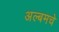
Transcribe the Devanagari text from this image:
अल्बमचे